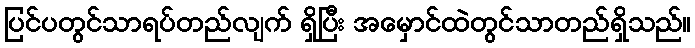
ပြင်ပတွင်သာရပ်တည်လျက် ရှိပြီး အမှောင်ထဲတွင်သာတည်ရှိသည်။